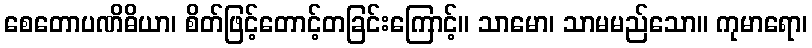
စေတောပဏိဓိယာ၊ စိတ်ဖြင့်တောင့်တခြင်းကြောင့်။ သာမော၊ သာမမည်သော။ ကုမာရော၊